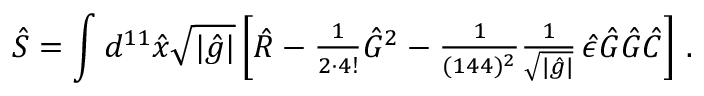
\hat { S } = \int d ^ { 1 1 } \hat { x } \sqrt { | \hat { g } | } \left[ \hat { R } - { \textstyle \frac { 1 } { 2 \cdot 4 ! } } \hat { G } { } ^ { 2 } - { \textstyle \frac { 1 } { ( 1 4 4 ) ^ { 2 } } } { \textstyle \frac { 1 } { \sqrt { | \hat { g } | } } } \, \hat { \epsilon } \hat { G } \hat { G } \hat { C } \right] \, .